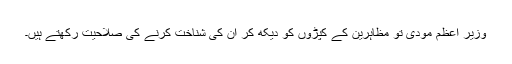
وزیر اعظم مودی تو مظاہرین کے کپڑوں کو دیکھ کر ان کی شناخت کرنے کی صلاحیت رکھتے ہیں۔